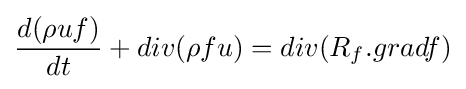
{d(\rho uf) \over dt}+div(\rho fu)=div(R_{f}.gradf)